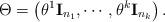
LaTeX: \begin{align*} \Theta =\left({\theta }^{1}\mathbf{I}_{n_1},\cdots ,{\theta }^{k}\mathbf{I}_{n_k} \right).\end{align*}